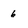
Character: 6